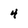
Character: 4